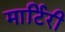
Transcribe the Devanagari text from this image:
मार्टिरी